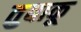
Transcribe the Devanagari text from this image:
तुबाकू